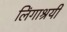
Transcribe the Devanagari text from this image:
लिंगाश्रयी